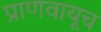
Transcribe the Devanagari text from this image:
प्राणवायूच